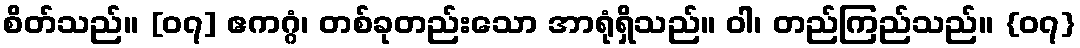
စိတ်သည်။ [၀၇] ဧကဂ္ဂံ၊ တစ်ခုတည်းသော အာရုံရှိသည်။ ဝါ၊ တည်ကြည်သည်။ {၀၇}